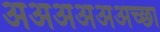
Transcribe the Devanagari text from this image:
अअअअअअच्छा